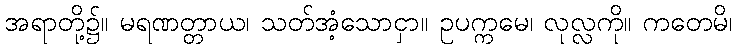
အရာတို့၌။ မရဏတ္တာယ၊ သတ်အံ့သောငှာ။ ဥပက္ကမေ၊ လုလ္လကို။ ကတေမိ၊